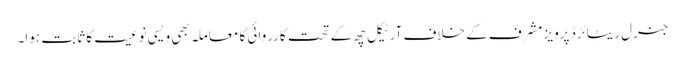
جنرل ریٹائرڈ پرویز مشرف کے خلاف آرٹیکل چھ کے تحت کارروائی کا معاملہ بھی ویسی نوعیت کا ثابت ہوا۔